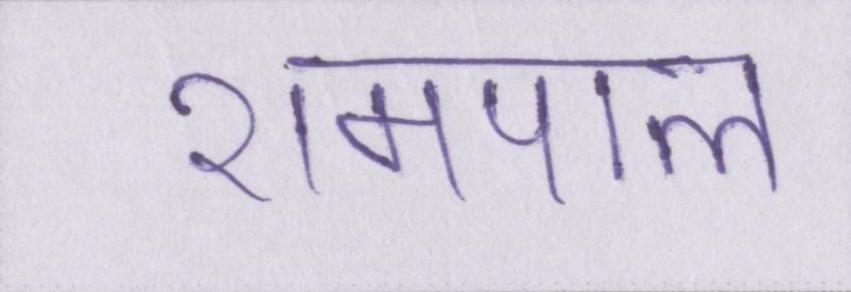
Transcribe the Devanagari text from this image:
रामपाल